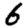
Digit: 6